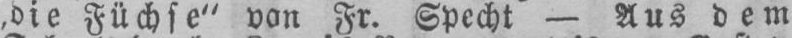
,die Füchse” von Fr. Specht - Aus dem